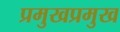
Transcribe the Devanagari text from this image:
प्रमुखप्रमुख